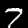
Label: 7